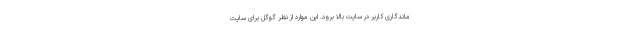
ماندگاری کاربر در سایت بالا برود. این موارد از نظر گوگل برای سایت